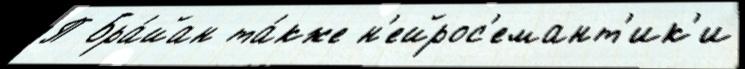
П Бра́йан та́кже н'ейрос'емант'ик'и